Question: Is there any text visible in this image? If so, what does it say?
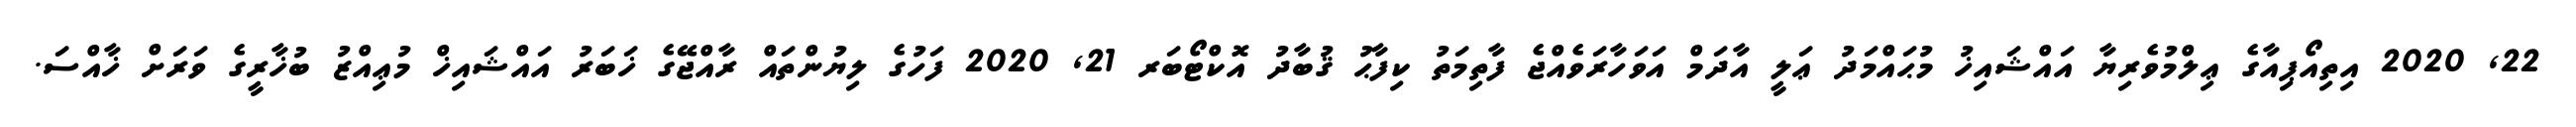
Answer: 22, 2020 އިތިއޯޕިއާގެ ޢިލްމުވެރިޔާ އައްޝައިޚު މުޙައްމަދު ޢަލީ އާދަމް އަވަހާރަވެއްޖެ ފާތިމަތު ކިފާޙު ޤުބާދު އޮކްޓޯބަރ 21, 2020 ފަހުގެ ލިޔުންތައް ރާއްޖޭގެ ޚަބަރު އައްޝައިޚް މުޢިއްޒު ބުޚާރީގެ ވަރަށް ޚާއްސަ.